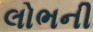
લોભની